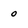
Character: o